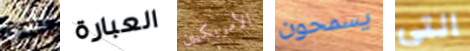
الدي العبارة الأمريكيين يسمحون التي